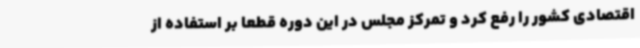
اقتصادی کشور را رفع کرد و تمرکز مجلس در این دوره قطعا بر استفاده از